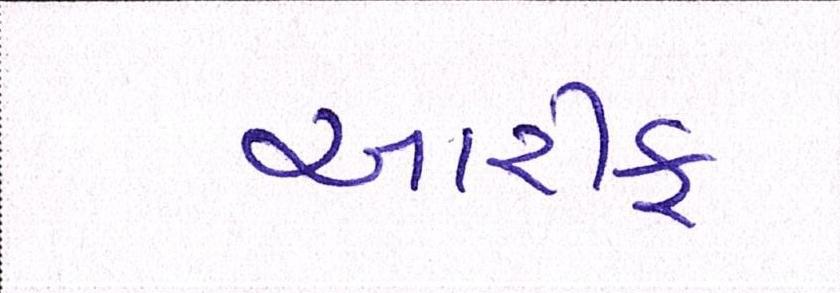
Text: આરીફ